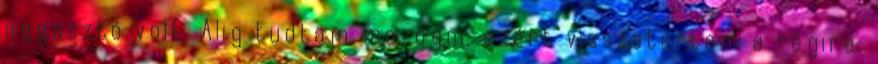
aggasztó volt. Alig tudtam mozogni, ezért visszatértem a régire,